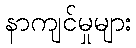
နာကျင်မှုများ